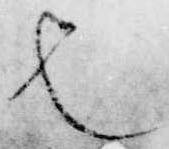
也